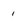
Character: 1